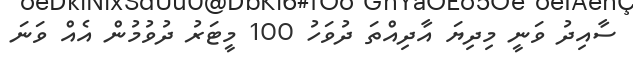
ސާއިދު ވަނީ މިދިޔަ އާދިއްތަ ދުވަހު 100 މީޓަރު ދުވުމުން އެއް ވަނަ